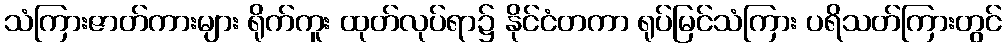
သံကြားဇာတ်ကားများ ရိုက်ကူး ထုတ်လုပ်ရာ၌ နိုင်ငံတကာ ရုပ်မြင်သံကြား ပရိသတ်ကြားတွင်